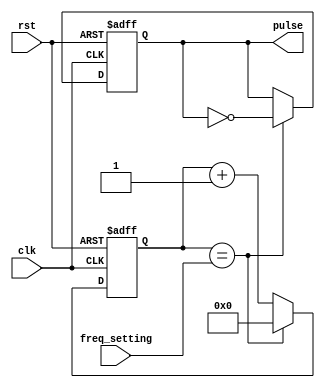
module variable_frequency_pulse_generator (
    input wire clk,
    input wire rst,
    input wire [7:0] freq_setting,
    output reg pulse
);

reg [7:0] counter;
reg pulse_sync;

always @(posedge clk or posedge rst) begin
    if (rst) begin
        counter <= 8'h00;
        pulse_sync <= 1'b0;
    end else begin
        if (counter == freq_setting) begin
            counter <= 8'h00;
            pulse_sync <= ~pulse_sync;
        end else begin
            counter <= counter + 1;
        end
    end
end

assign pulse = pulse_sync;

endmodule